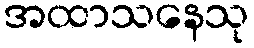
အထာသနေသု